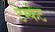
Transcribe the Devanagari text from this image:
टेम्फेंट